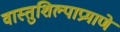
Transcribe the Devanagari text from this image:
वास्तुशिल्पाप्रमाणे